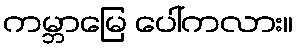
ကမ္ဘာမြေ ပေါ်ကလား။